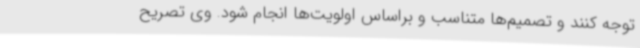
توجه کنند و تصمیم‌ها متناسب و براساس اولویت‌ها انجام شود. وی تصریح